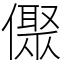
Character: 𠏭